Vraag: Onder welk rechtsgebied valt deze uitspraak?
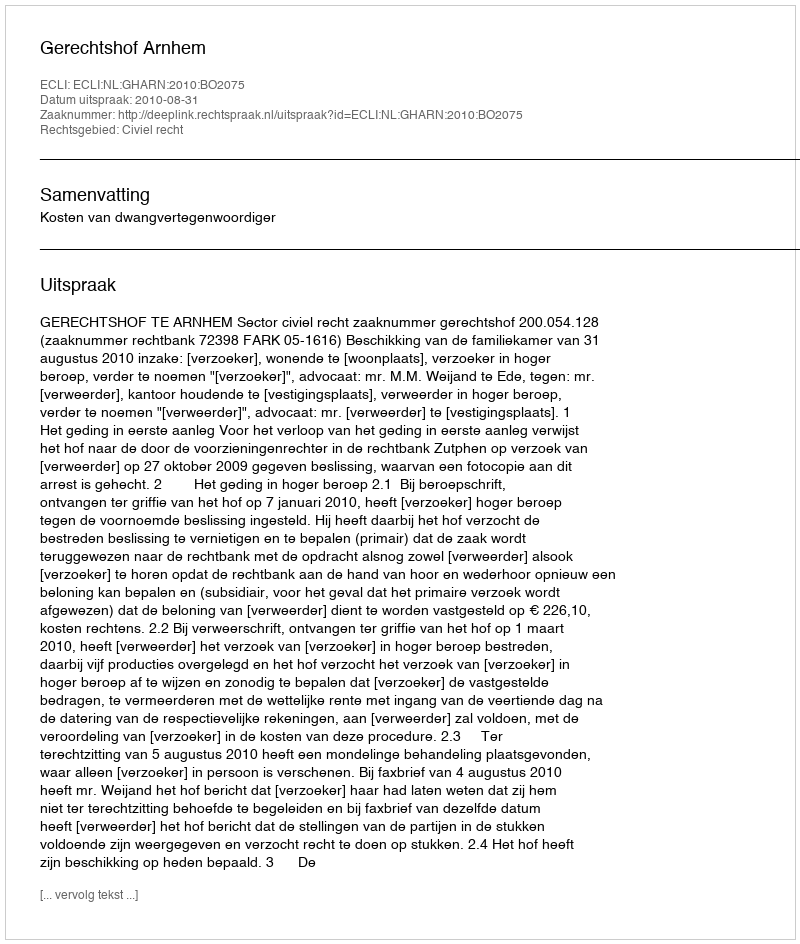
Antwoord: Civiel recht